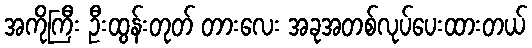
အကိုကြီး ဦးထွန်းတုတ် တားလေး အခုအတစ်လုပ်ပေးထားတယ်